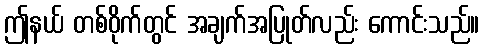
ဤနယ် တစ်ဝိုက်တွင် အချက်အပြုတ်လည်း ကောင်းသည်။